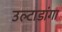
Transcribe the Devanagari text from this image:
उल्टाडांगा